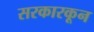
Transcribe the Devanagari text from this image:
सरकारकून